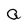
Character: a